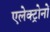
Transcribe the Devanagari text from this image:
एलेक्ट्रोनों